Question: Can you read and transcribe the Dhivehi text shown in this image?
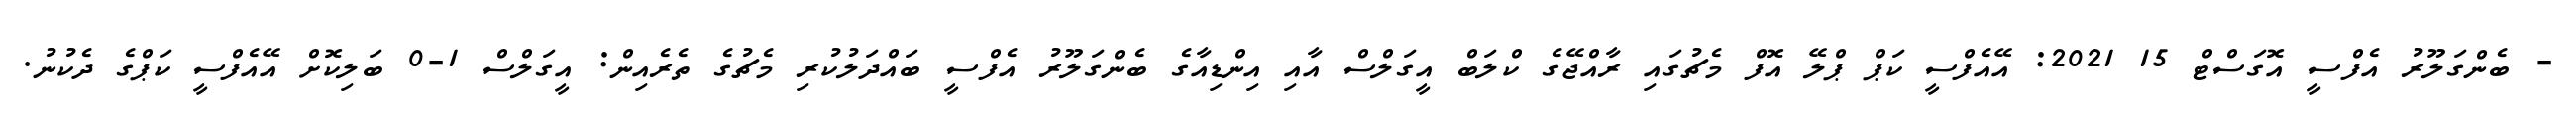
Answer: - ބެންގަލޫރު އެފްސީ އޮގަސްޓް 15 2021: އޭއެފްސީ ކަޕް ޕްލޭ އޮފް މެޗުގައި ރާއްޖޭގެ ކްލަބް އީގަލްސް އާއި އިންޑިއާގެ ބެންގަލޫރު އެފްސީ ބައްދަލުކުރި މެޗުގެ ތެރެއިން: އީގަލްސް 1-0 ބަލިކޮށް އޭއެފްސީ ކަޕްގެ ދެކުނު.